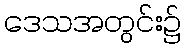
ဒေသအတွင်း၌